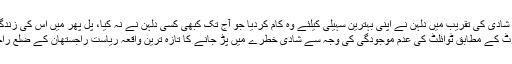
شادی کی تقریب میں دلہن نے اپنی بہترین سہیلی کیلئے وہ کام کردیا جو آج تک کبھی کسی دلہن نے نہ کیا، پل پھر میں اس کی زندگی خوشیوں سے بھردی
ٹائمز آف انڈیا کی رپورٹ کے مطابق ٹوائلٹ کی عدم موجودگی کی وجہ سے شادی خطرے میں پڑ جانے کا تازہ ترین واقعہ ریاست راجستھان کے ضلع راجسمند میں پیش آیا ہے ۔